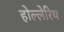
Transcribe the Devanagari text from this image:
होल्लेरिथ